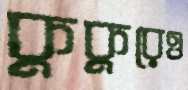
কুকুরেও